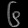
Digit: ၆